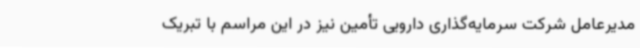
مدیرعامل شرکت سرمایه‌گذاری دارویی تأمین نیز در این مراسم با تبریک